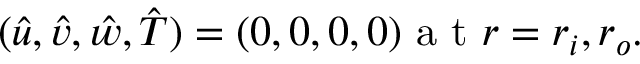
\begin{array} { r } { ( \hat { u } , \hat { v } , \hat { w } , \hat { T } ) = ( 0 , 0 , 0 , 0 ) \textrm { a t } r = r _ { i } , r _ { o } . } \end{array}